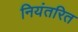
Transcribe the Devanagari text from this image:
नियंतरित